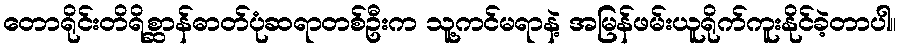
တောရိုင်းတိရိစ္ဆာန်ဓာတ်ပုံဆရာတစ်ဦးက သူ့ကင်မရာနဲ့ အမြန်ဖမ်းယူရိုက်ကူးနိုင်ခဲ့တာပါ။